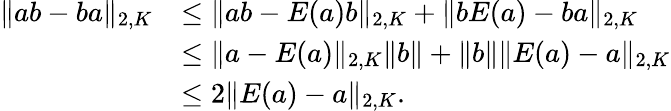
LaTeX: \begin{array}{rl}{\lVert ab-ba\rVert_{2,K}}&{\le\lVert ab-E(a)b\rVert_{2,K}+\lVert bE(a)-ba\rVert_{2,K}}\\ &{\le\lVert a-E(a)\rVert_{2,K}\lVert b\rVert+\lVert b\rVert\lVert E(a)-a\rVert_{2,K}}\\ &{\le 2\lVert E(a)-a\rVert_{2,K}.}\end{array}